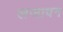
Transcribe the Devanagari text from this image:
लजावन